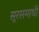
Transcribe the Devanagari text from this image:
सूरसमाधी